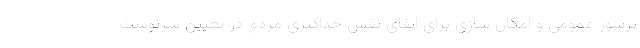
پرشور عمومی و امکان سازی برای ایفای نقش حداکثری مردم در تعیین سرنوشت